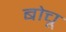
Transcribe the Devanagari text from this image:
बोचू